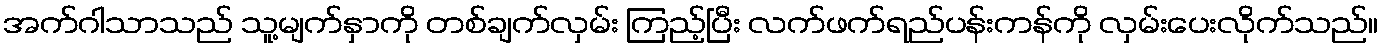
အက်ဂါသာသည် သူ့မျက်နှာကို တစ်ချက်လှမ်း ကြည့်ပြီး လက်ဖက်ရည်ပန်းကန်ကို လှမ်းပေးလိုက်သည်။